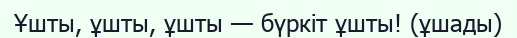
Ұшты, ұшты, ұшты — бүркіт ұшты! (ұшады)